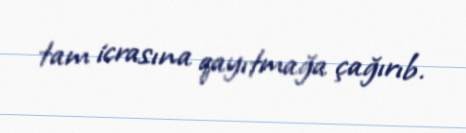
tam icrasına qayıtmağa çağırıb.